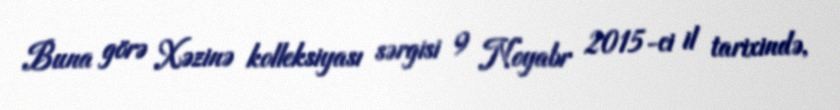
Buna görə Xəzinə kolleksiyası sərgisi 9 Noyabr 2015-ci il tarixində,